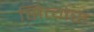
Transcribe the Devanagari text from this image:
सित्गेस